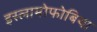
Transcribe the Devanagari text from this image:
इस्लामोफोबिया